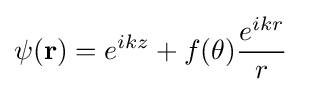
\psi (\mathbf {r} )=e^{ikz}+f(\theta ){\frac {e^{ikr}}{r}}\;